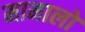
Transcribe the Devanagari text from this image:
मामालों